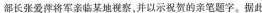
部长张爱萍将军亲临某地视察，并以示祝贺的亲笔题字。据此